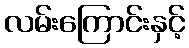
လမ်းကြောင်းနှင့်